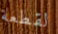
لقطعة